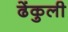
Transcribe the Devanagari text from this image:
ढेंकुली